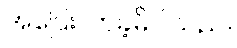
အပြေးလာခဲ့မိပါသည်။